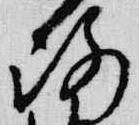
路